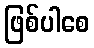
ဖြစ်ပါစေ